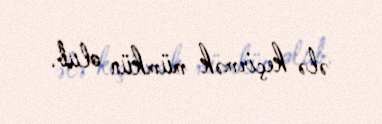
ələ keçirmək mümkün olub.